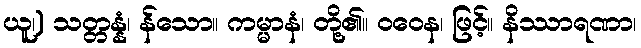
ယူ၊) သတ္တန္နံ၊ န်သော။ ကမ္မာနံ၊ တို့၏။ ဝဝေန၊ ဖြင့်။ နိဿာရဏာ၊